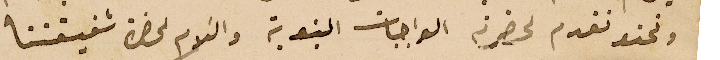
ونحن نقدم لحضرته الواجبات البنوية والسَلام لحضرة شقيقتنا